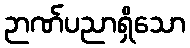
ဉာဏ်ပညာရှိသော